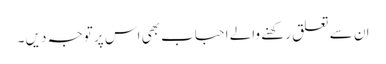
ان سے تعلق رکھنے والے احباب بھی اس پر توجہ دیں ۔